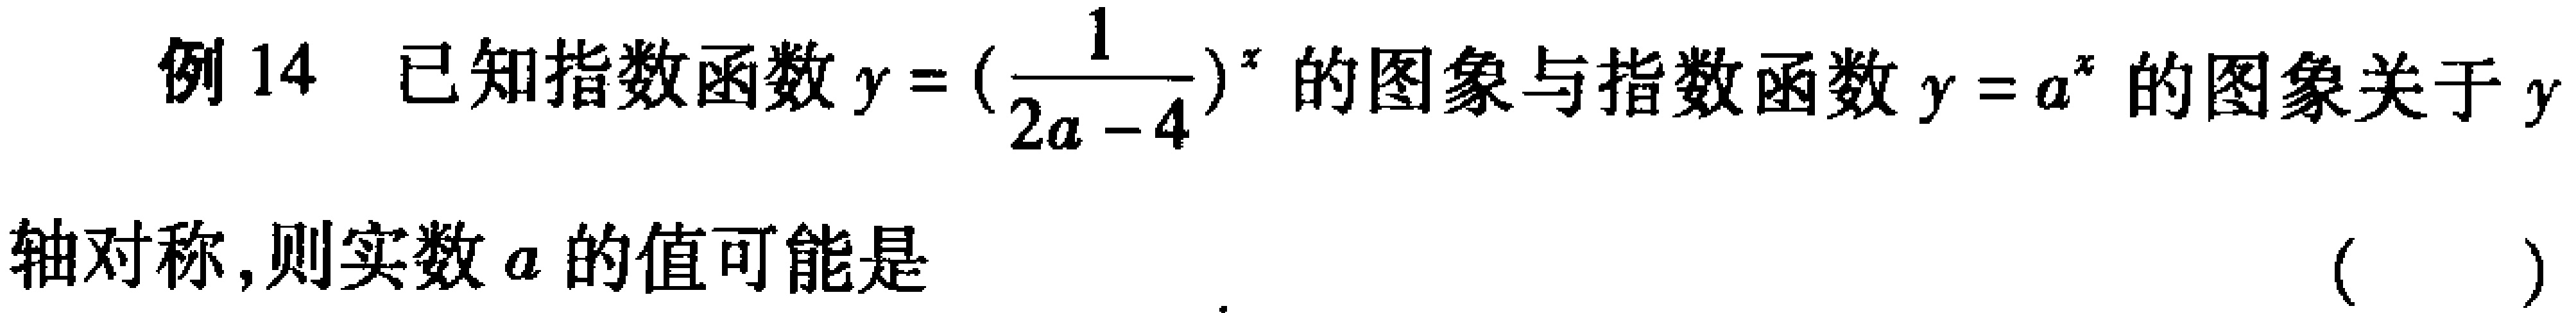
例14 已知指数函数\(y = (\frac{1}{2a - 4})^x\)的图象与指数函数\(y = a^x\)的图象关于\(y\)轴对称，则实数\(a\)的值可能是 （  ）